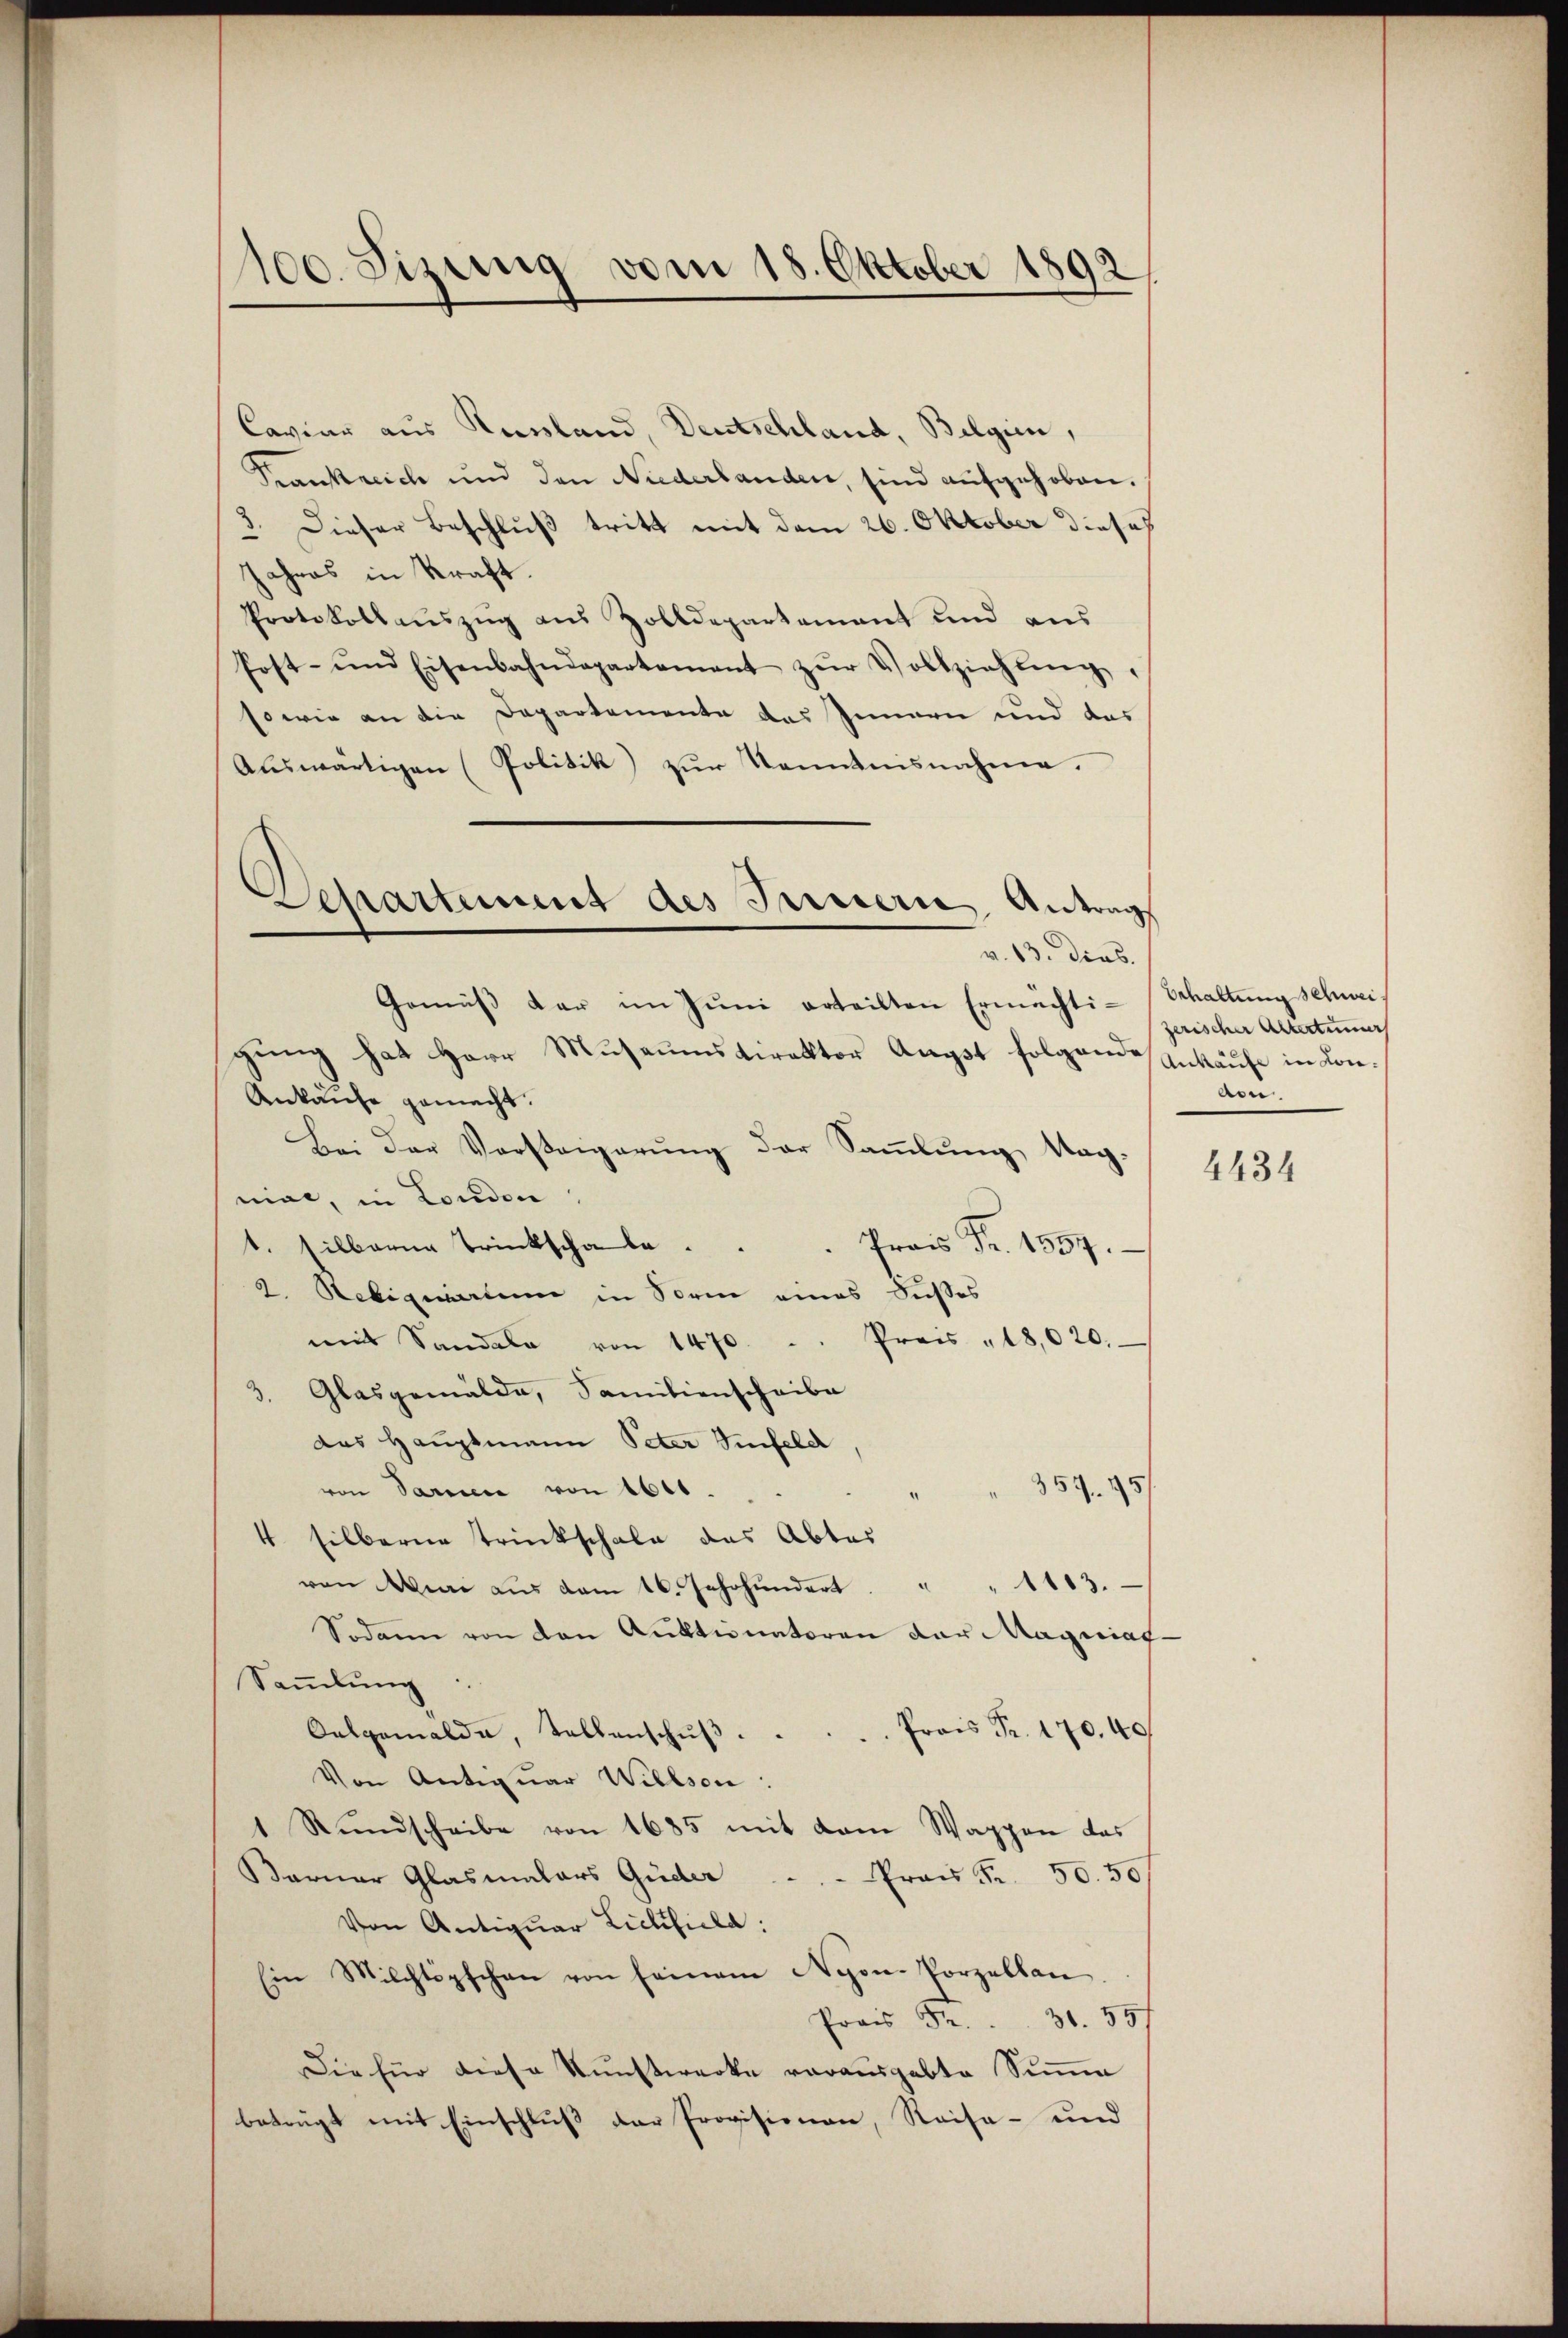
100. Sizung vom 18. Oktober 1892

Caviar aus Kausland, Deutschland, Belgien,
Krankreich und den Niederbanden, sind aufgehoben.
3. Dieser Beschluß tritt mit dem 26. Oktober dieses
Jahres in Kraft.
Protokollauszug aus Zolldepartement und aus
Post- und Eisenbahndepartement zŭr Vollziehŭng.
sowie an die Departemente das Innern und das
Auswärtigen (Politik zur Kenntnisnahme.
Gemäβ der im Juni erteilten Ermächtigung hat Herr Museumsdirektor Augst folgende Ankaufe in Kon¬
Ankaufe gemacht.
Bei der Vorsteigerŭng der Saṁlŭng Nag-
mial, in London,
1. silberne Trinkschale.
Prois Fr. 1357.
2. Sebiquarium in Sorin eines Fusses
Preis „18,020.
mit Sandala von 1470.
3. Glasgemälde, Familienscheibe
das Hauptmann Peter Zinfeld
von Paren von 1641.
357. 75)
4 silberne trinkschale das Abtes
ven Mai aŭs am 16. Jahrhundert. " " 1113.
Sodann von den Aŭstinatoren der Magniat.
Saṁlŭng

Prois Fr. 170. 40
Oelgemelde, tellenschŭβ
Von Antiquar Willson:
1 Rundscheibe von 1685 mit dem Wappen das
Baruar Glasmalars Güder
Frau Fr. 50. 50
Von Antiquar Lickhucla:
Ein Milchtöpschen von seinem Nyon-Porzellan
Pras Fr. 31. 557
Die für diese Kunstwerke vorausgabte Summe
beträgt mit Einschluß der Provisionen, Reise- und

Departement des Innern Antrags
v. 13. Dies.

Erhaltung schweizerischer Altertümers
Aen

4434